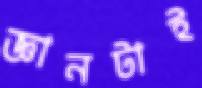
জ্ঞানটাই